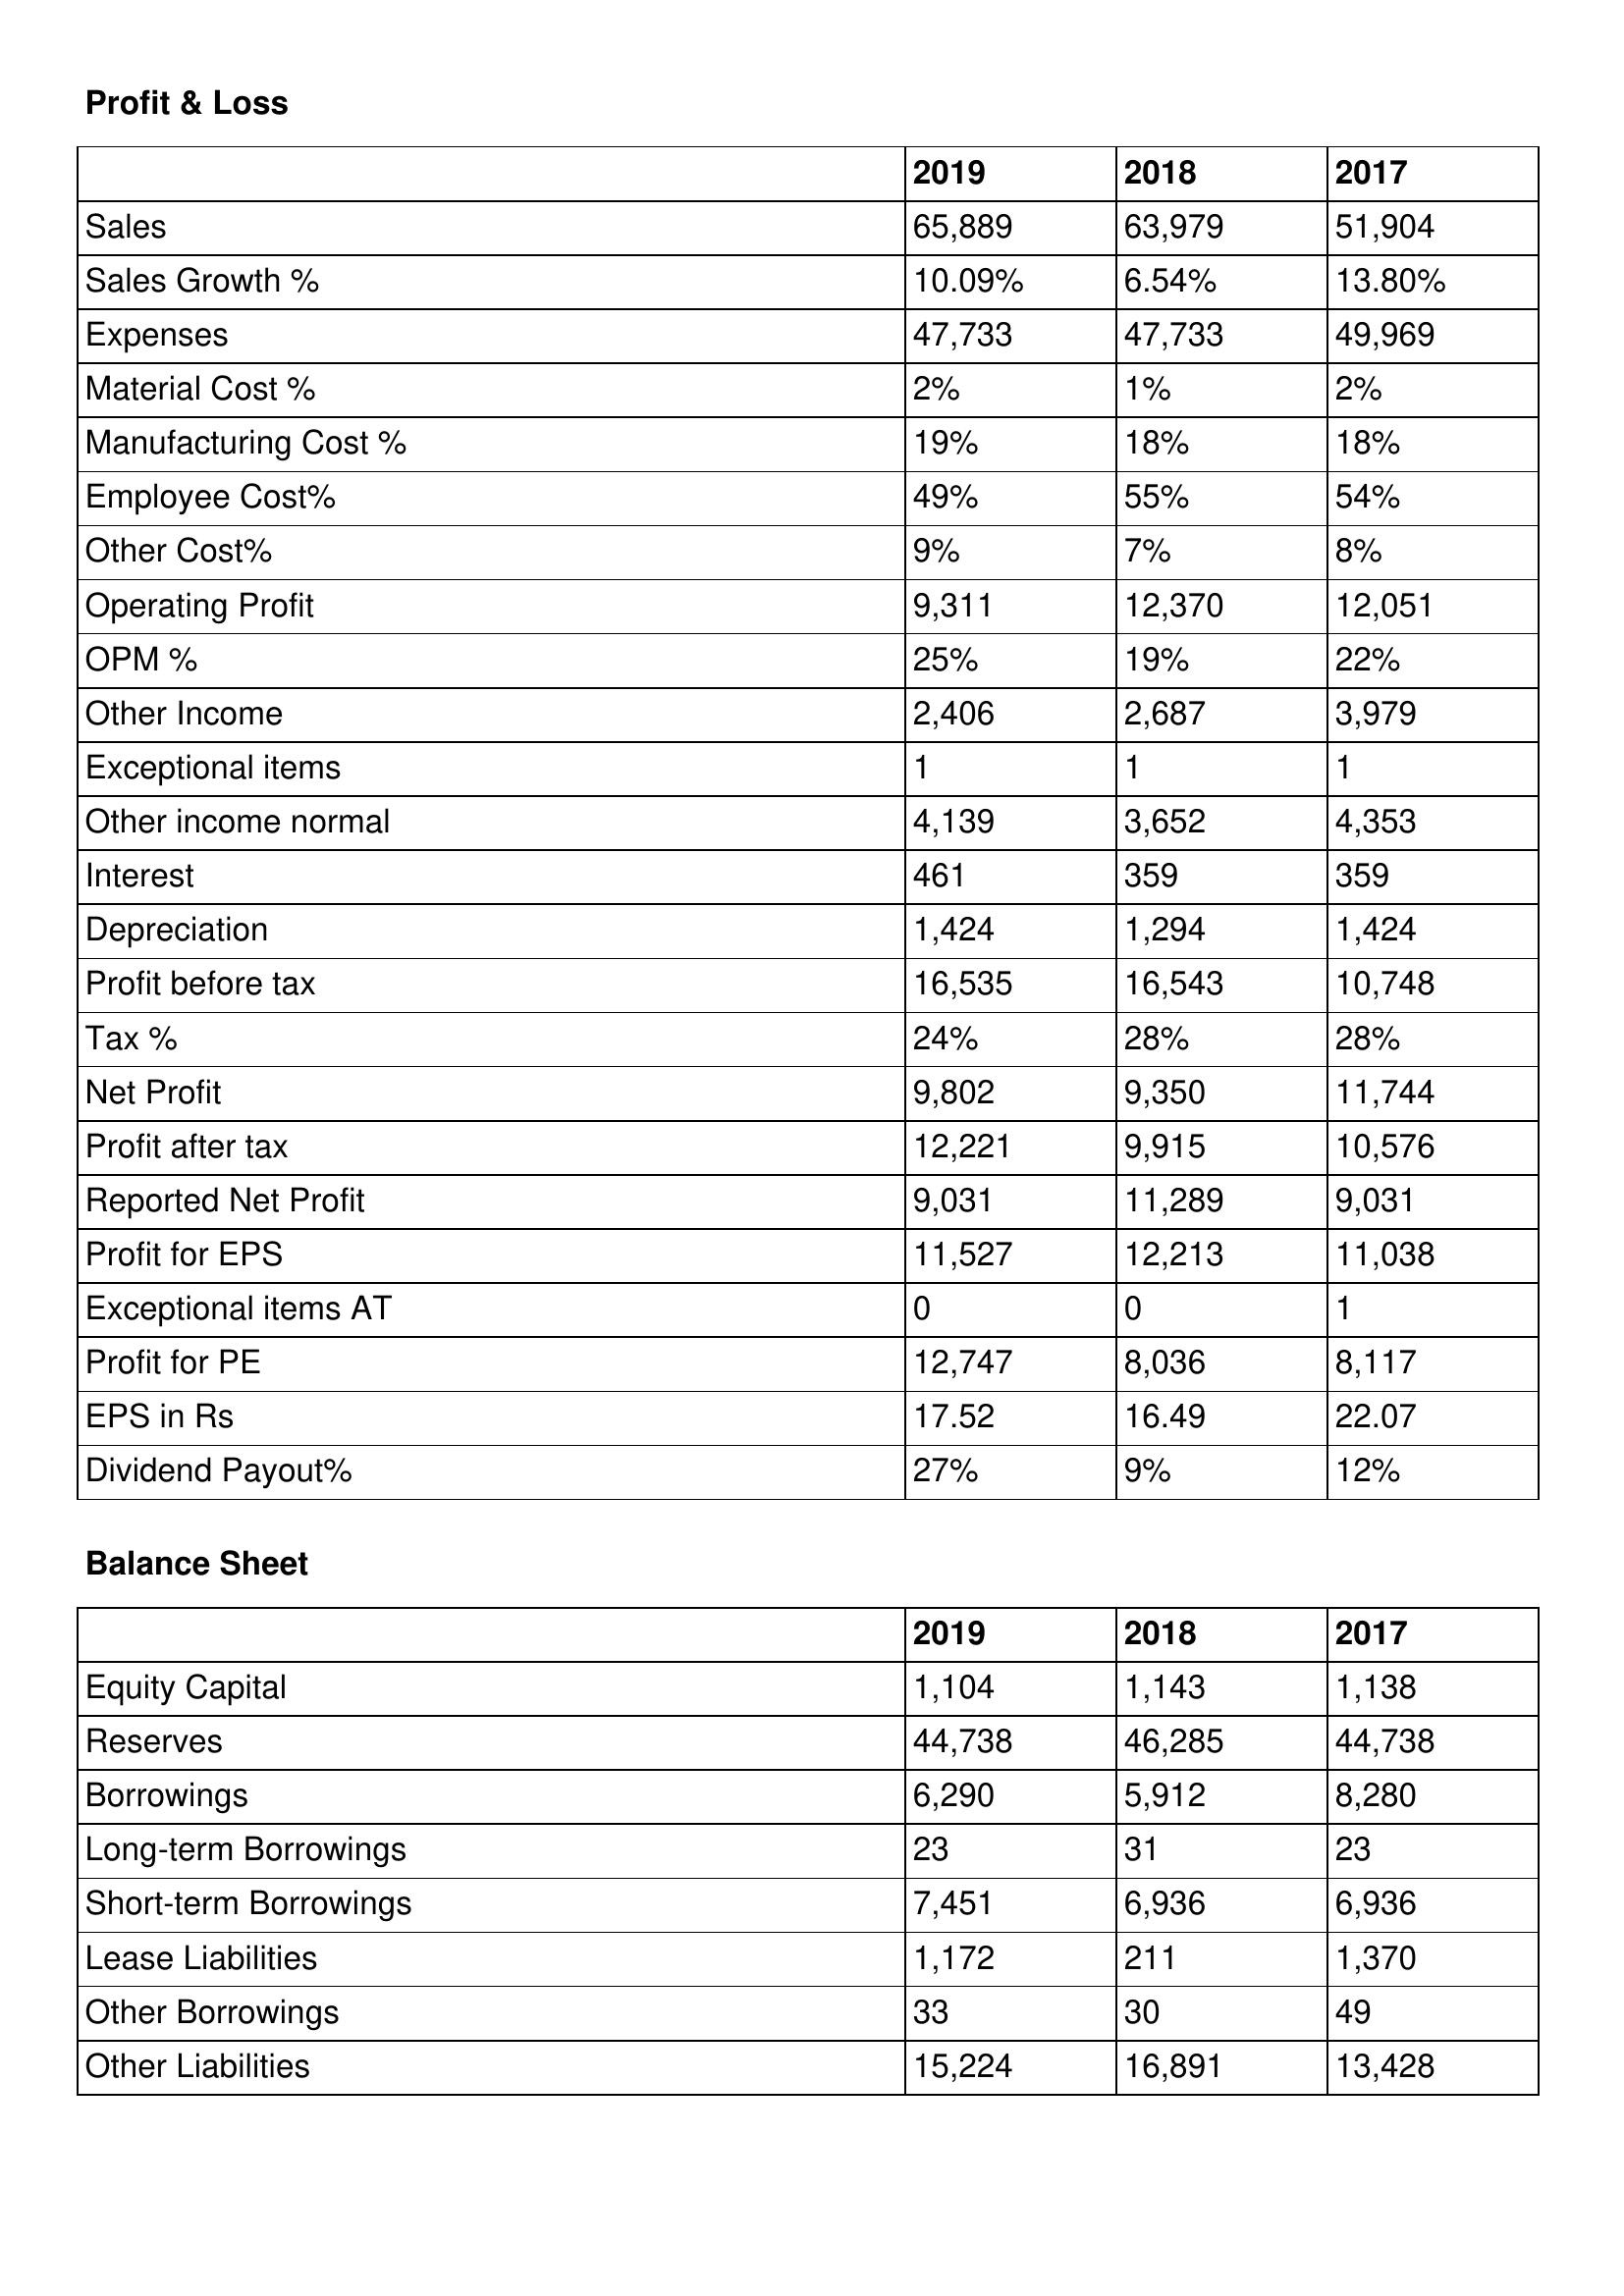
gt_parse: 2019: Profit & Loss: Sales: 65,889
Sales Growth %: 10.09%
Expenses: 47,733
Material Cost %: 2%
Manufacturing Cost %: 19%
Employee Cost%: 49%
Other Cost%: 9%
Operating Profit: 9,311
OPM %: 25%
Other Income: 2,406
Exceptional items: 1
Other income normal: 4,139
Interest: 461
Depreciation: 1,424
Profit before tax: 16,535
Tax %: 24%
Net Profit: 9,802
Profit after tax: 12,221
Reported Net Profit: 9,031
Profit for EPS: 11,527
Exceptional items AT: 0
Profit for PE: 12,747
EPS in Rs: 17.52
Dividend Payout%: 27%
Balance Sheet: Equity Capital: 1,104
Reserves: 44,738
Borrowings: 6,290
Long-term Borrowings: 23
Short-term Borrowings: 7,451
Lease Liabilities: 1,172
Other Borrowings: 33
Other Liabilities: 15,224
2018: Profit & Loss: Sales: 63,979
Sales Growth %: 6.54%
Expenses: 47,733
Material Cost %: 1%
Manufacturing Cost %: 18%
Employee Cost%: 55%
Other Cost%: 7%
Operating Profit: 12,370
OPM %: 19%
Other Income: 2,687
Exceptional items: 1
Other income normal: 3,652
Interest: 359
Depreciation: 1,294
Profit before tax: 16,543
Tax %: 28%
Net Profit: 9,350
Profit after tax: 9,915
Reported Net Profit: 11,289
Profit for EPS: 12,213
Exceptional items AT: 0
Profit for PE: 8,036
EPS in Rs: 16.49
Dividend Payout%: 9%
Balance Sheet: Equity Capital: 1,143
Reserves: 46,285
Borrowings: 5,912
Long-term Borrowings: 31
Short-term Borrowings: 6,936
Lease Liabilities: 211
Other Borrowings: 30
Other Liabilities: 16,891
2017: Profit & Loss: Sales: 51,904
Sales Growth %: 13.80%
Expenses: 49,969
Material Cost %: 2%
Manufacturing Cost %: 18%
Employee Cost%: 54%
Other Cost%: 8%
Operating Profit: 12,051
OPM %: 22%
Other Income: 3,979
Exceptional items: 1
Other income normal: 4,353
Interest: 359
Depreciation: 1,424
Profit before tax: 10,748
Tax %: 28%
Net Profit: 11,744
Profit after tax: 10,576
Reported Net Profit: 9,031
Profit for EPS: 11,038
Exceptional items AT: 1
Profit for PE: 8,117
EPS in Rs: 22.07
Dividend Payout%: 12%
Balance Sheet: Equity Capital: 1,138
Reserves: 44,738
Borrowings: 8,280
Long-term Borrowings: 23
Short-term Borrowings: 6,936
Lease Liabilities: 1,370
Other Borrowings: 49
Other Liabilities: 13,428